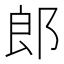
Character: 郎